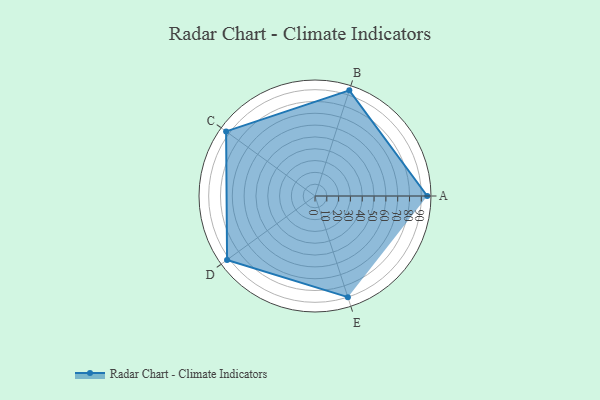
{"axis": {"x": "Skill", "y": "Score"}, "legend": ["Profile"], "data": [{"x": "A", "y": 95.0, "type": "Profile"}, {"x": "B", "y": 94.0, "type": "Profile"}, {"x": "C", "y": 93.0, "type": "Profile"}, {"x": "D", "y": 92.0, "type": "Profile"}, {"x": "E", "y": 90.0, "type": "Profile"}]}